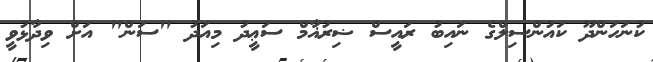
ކުނަހަންދޫ ކައުންސިލްގެ ނައިބު ރައީސް ޟިރުޣާމް ސަޢީދު މިއަދު "ސަން" އަށް ވިދާޅުވީ